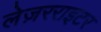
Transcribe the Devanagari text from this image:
लेज़रराइटर